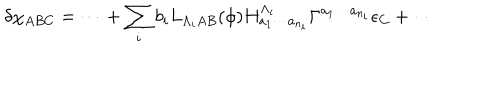
LaTeX: \delta \chi _ { A B C } = \cdots + \sum _ { i } b _ { i } L _ { \Lambda _ { i } A B } ( \phi ) H _ { a _ { 1 } \cdots a _ { n _ { i } } } ^ { \Lambda _ { i } } \Gamma ^ { a _ { 1 } \cdots a _ { n _ { i } } } \epsilon _ { C } + \cdots